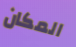
المكان